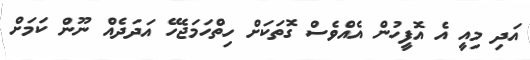
އަދި މިއީ އެ އޮފީހުން އެއްވެސް ގޮތަކަށް ހިތްހަމަޖެހޭ އަދަދެއް ނޫން ކަމަށް